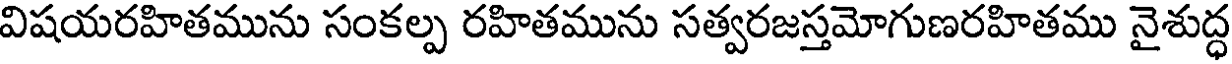
విషయరహితమును సంకల్ప రహితమును సత్వరజస్తమోగుణరహితము నైశుద్ధ